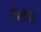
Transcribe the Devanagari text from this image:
पेरदीदो